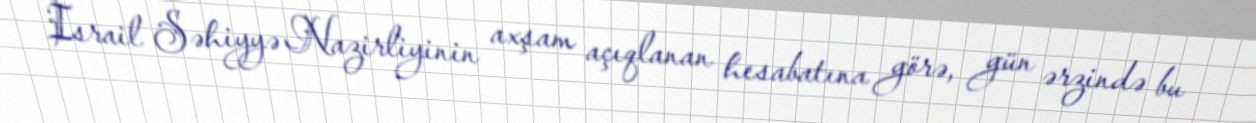
İsrail Səhiyyə Nazirliyinin axşam açıqlanan hesabatına görə, gün ərzində bu